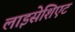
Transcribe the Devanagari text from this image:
लाइसेशिएट